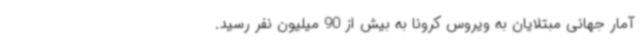
آمار جهانی مبتلایان به ویروس کرونا به بیش از 90 میلیون نفر رسید.